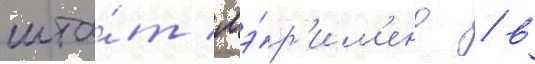
шта́т мэ́р'ил'енд / в